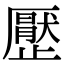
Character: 㱘